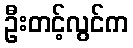
ဦးတင့်လွင်က